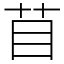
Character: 苜